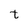
Character: t